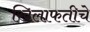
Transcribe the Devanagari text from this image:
खिलाफतीचे